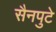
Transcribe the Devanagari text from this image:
सैनपुटे